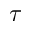
\tau